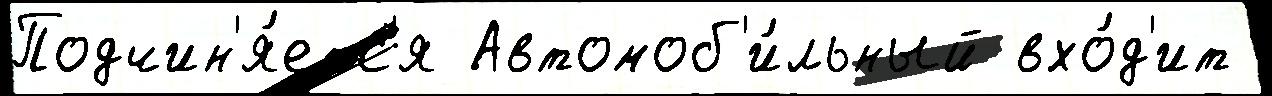
Подчин'я́етс'я Автомоб'и́льный вхо́д'ит